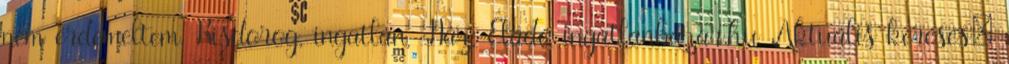
nem érdemeltem. Kisdorog, ingatlan, Ház, Eladó ingatlanbazar.hu Aktuális keresés: